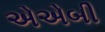
એએબી